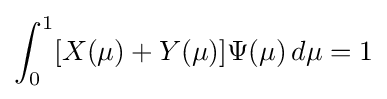
\int _{0}^{1}[X(\mu )+Y(\mu )]\Psi (\mu )\,d\mu =1